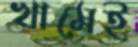
খামেই